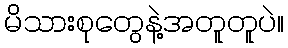
မိသားစုတွေနဲ့အတူတူပဲ။